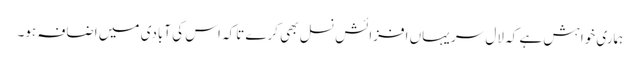
ہماری خواہش ہے کہ لال سر یہاں افزائش نسل بھی کرے تاکہ اس کی آبادی میں اضافہ ہو۔